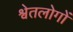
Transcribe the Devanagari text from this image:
श्वेतलोगों